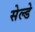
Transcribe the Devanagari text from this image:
सेल्डे